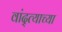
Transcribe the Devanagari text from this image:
वांद्त्‍याच्या